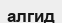
алгид